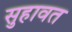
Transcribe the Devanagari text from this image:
सुहावत